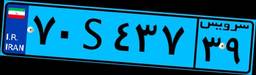
۷۰S۴۳۷۳۹